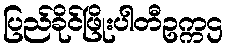
ပြည်ခိုင်ဖြိုးပါတီဥက္ကဌ